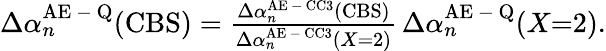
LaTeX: \begin{array}{r}{\Delta\alpha_{n}^{\mathrm{AE\mathrm{~-~}Q}}(\mathrm{CBS})=\frac{\Delta\alpha_{n}^{\mathrm{AE\mathrm{~-~}CC3}}(\mathrm{CBS})}{\Delta\alpha_{n}^{\mathrm{AE\mathrm{~-~}CC3}}(X\mathrm{=}2)}\, \Delta\alpha_{n}^{\mathrm{AE\mathrm{~-~}Q}}(X\mathrm{\mathrm{=}2}).}\end{array}